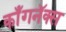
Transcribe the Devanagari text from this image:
काँगनॅक्स